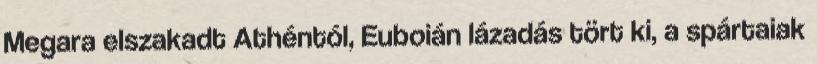
Megara elszakadt Athéntól, Euboián lázadás tört ki, a spártaiak